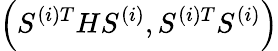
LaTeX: \left(S^{(i)T}HS^{(i)},S^{(i)T}S^{(i)}\right)